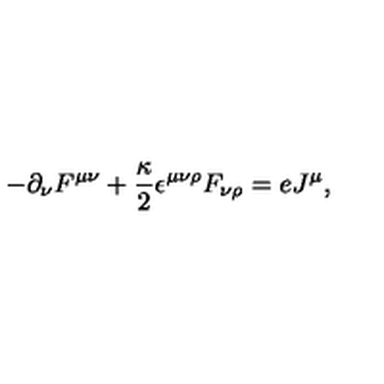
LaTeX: - \partial _ { \nu } F ^ { \mu \nu } + \frac { \kappa } { 2 } { \epsilon } ^ { \mu \nu \rho } F _ { \nu \rho } = e J ^ { \mu } ,